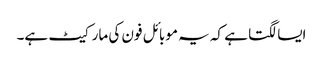
ایسا لگتا ہے کہ یہ موبائل فون کی مارکیٹ ہے۔